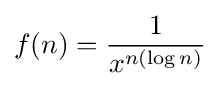
f(n)={\frac {1}{x^{n(\log n)}}}